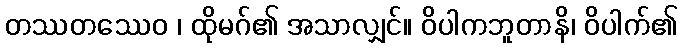
တဿတဿေဝ ၊ ထိုမဂ်၏ အသာလျှင်။ ဝိပါကဘူတာနိ၊ ဝိပါက်၏